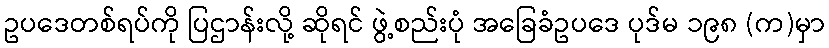
ဥပဒေတစ်ရပ်ကို ပြဌာန်းလို့ ဆိုရင် ဖွဲ့စည်းပုံ အခြေခံဥပဒေ ပုဒ်မ ၁၉၈ (က)မှာ